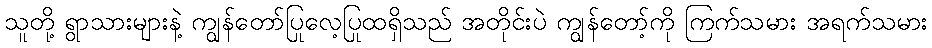
သူတို့ ရွာသားများနဲ့ ကျွန်တော်ပြုလေ့ပြုထရှိသည် အတိုင်းပဲ ကျွန်တော့်ကို ကြက်သမား အရက်သမား